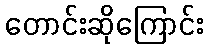
တောင်းဆိုကြောင်း